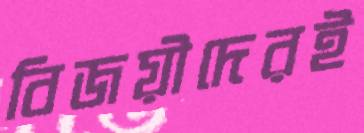
বিজয়ীদেরই